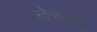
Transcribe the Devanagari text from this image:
नेव्हनने